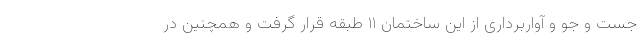
جست و جو و آواربرداری از این ساختمان ۱۱ طبقه قرار گرفت و همچنین در